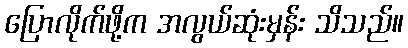
ပြောလိုက်ဖို့က အလွယ်ဆုံးမှန်း သိသည်။